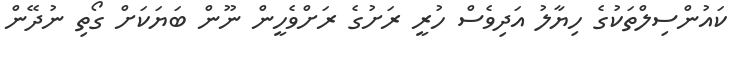
ކައުންސިލްތަކުގެ ހިޔާލު އަދިވެސް ހުރީ ރަށުގެ ރަށްވެހީން ނޫން ބަޔަކަށް ގޯތި ނުދޭން